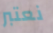
نعتبر